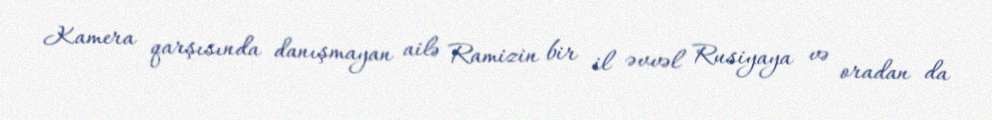
Kamera qarşısında danışmayan ailə Ramizin bir il əvvəl Rusiyaya və oradan da